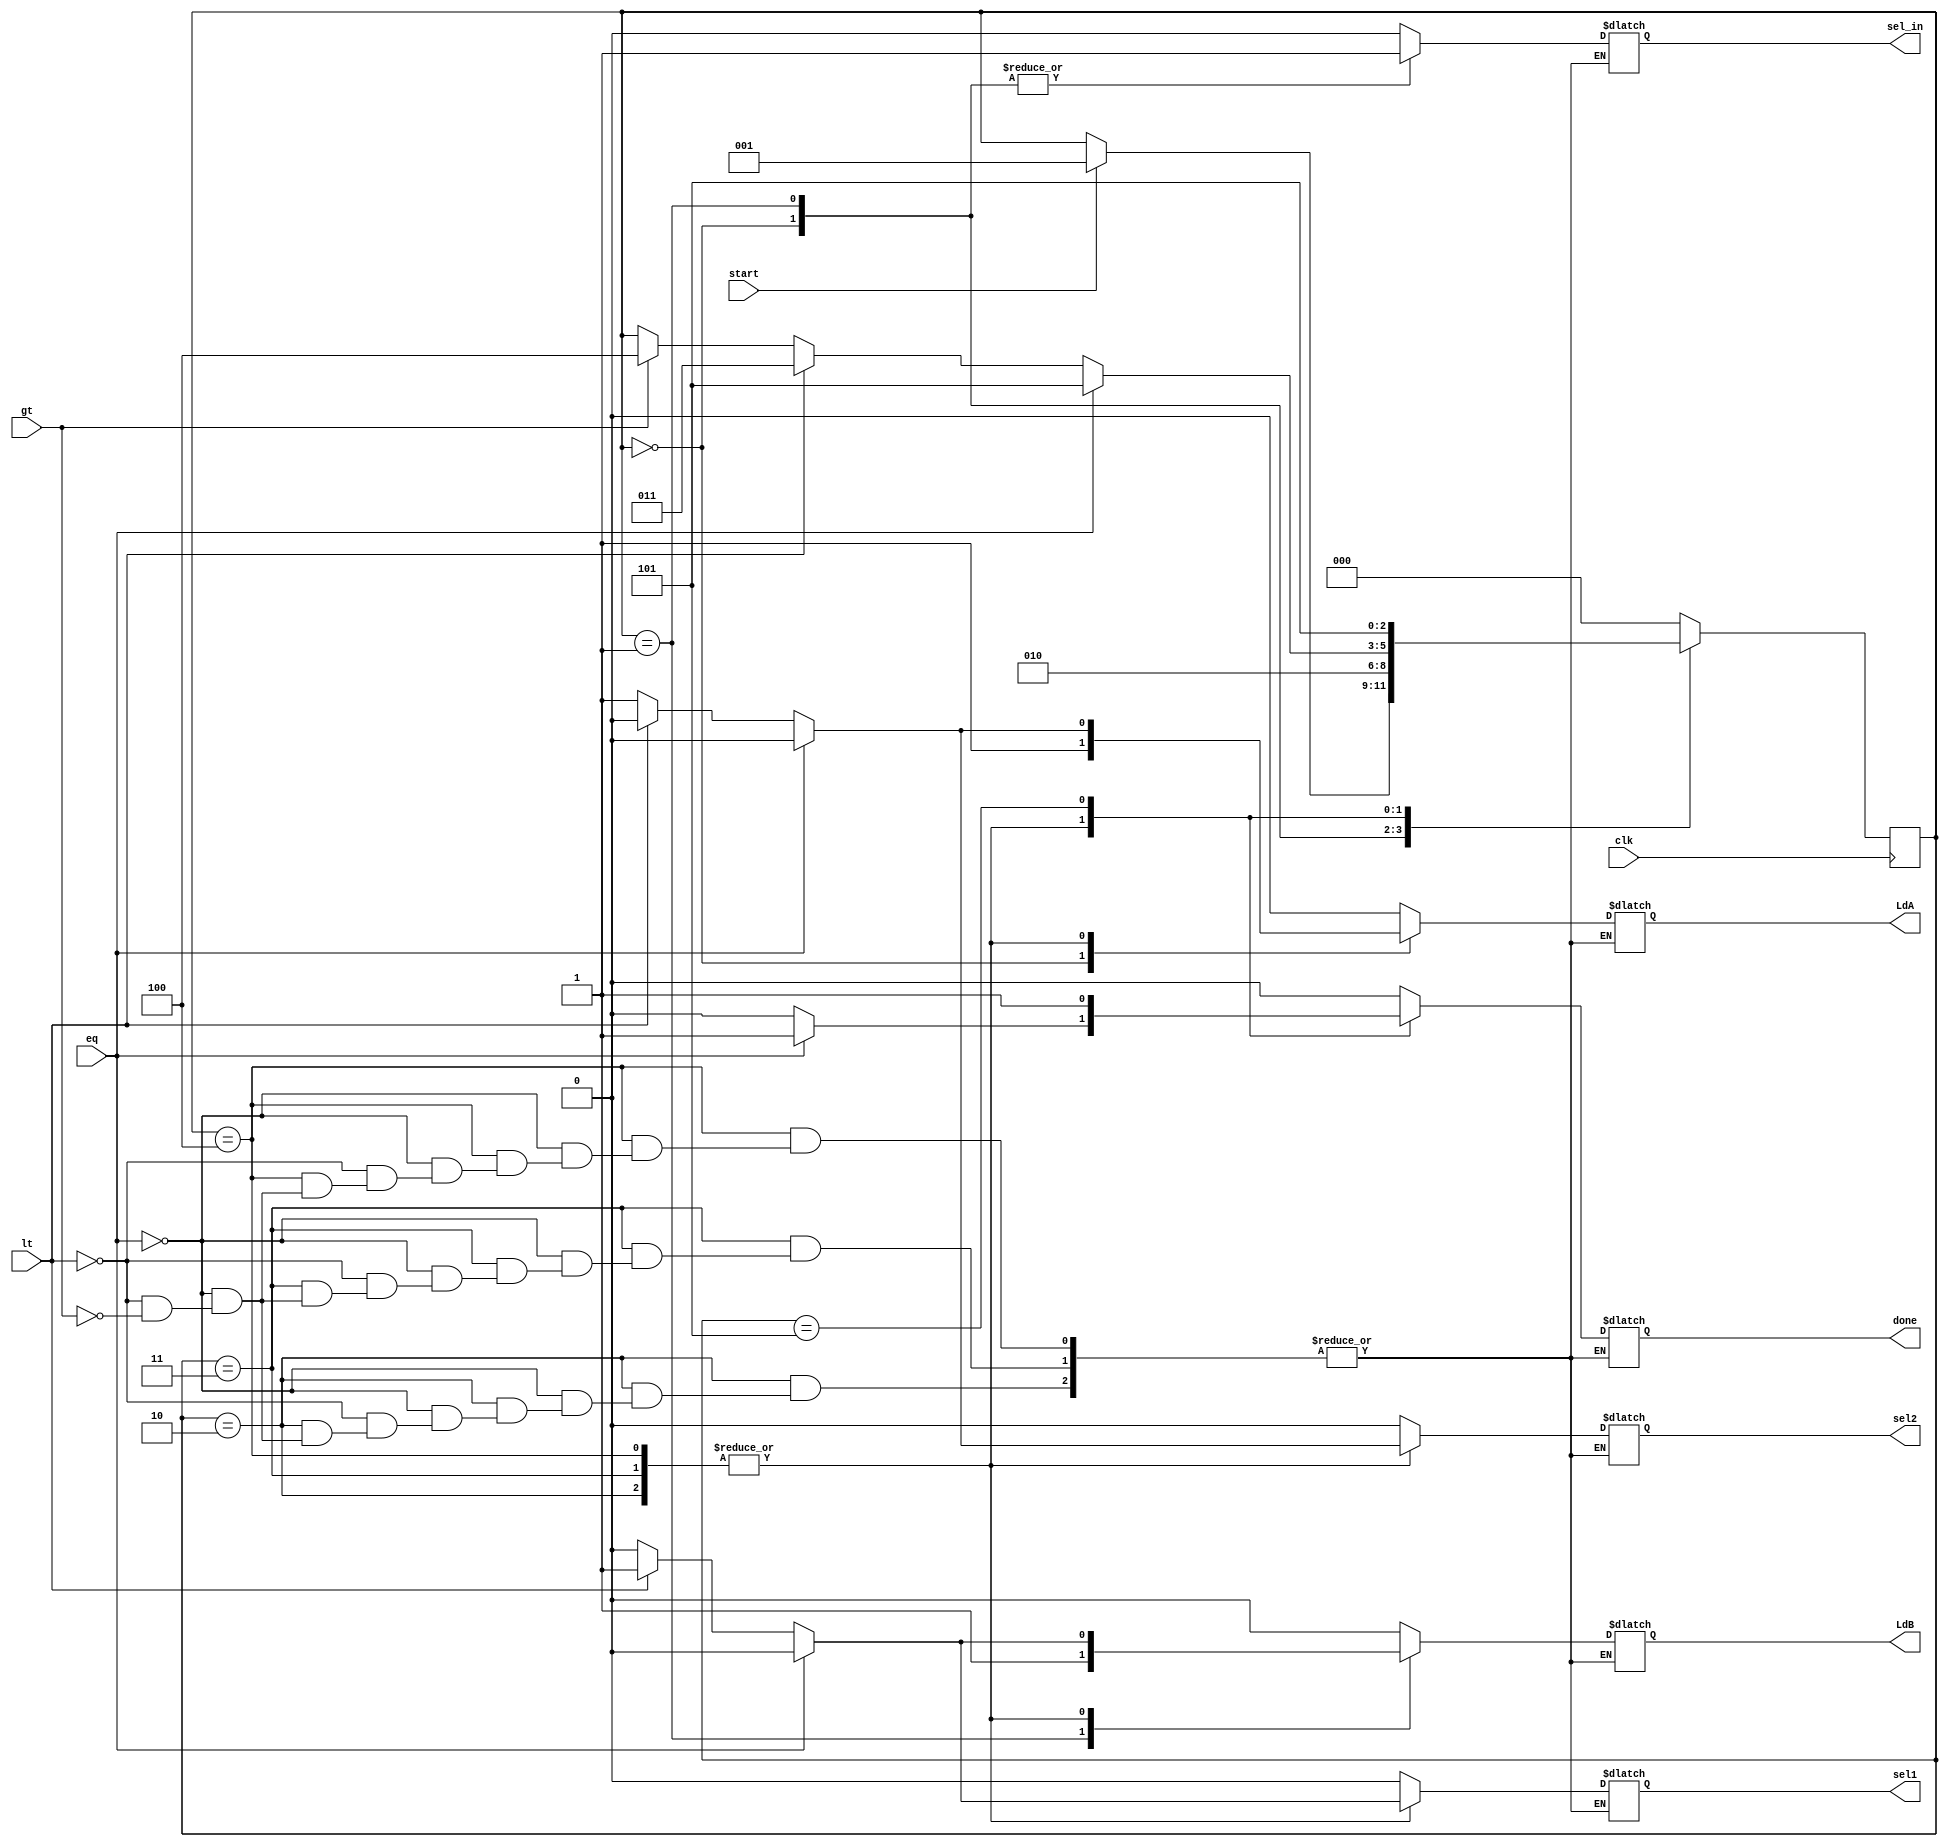
`timescale 1ns/1ps 
module GCD_controller (
    output reg LdA, LdB, sel1, sel2, sel_in, done,
    input wire lt, gt, eq, start, clk 
);

reg [2:0] state;
parameter   s0= 3'b000,
            s1= 3'b001,
            s2= 3'b010,
            s3= 3'b011,
            s4= 3'b100,
            s5= 3'b101;

always @(posedge clk) begin
    case (state)
        s0: if(start) state<= s1;
        s1: state<= s2;
        s2: begin
            if (eq) state<= s5;
            else if(lt) state<= s3;
            else if(gt) state<= s4; 
        end 
        s3: begin
            if(eq) state<= s5;
            else if(lt) state<= s3;
            else if(gt) state<= s4;
        end
        s4: begin
            if(eq) state<= s5;
            else if(lt) state<= s3;
            else if(gt) state<= s4;
        end
        s5: state<= s5;
        default: state<= s0;
    endcase
end

always @(state) begin
    case (state)
        s0: {LdA, LdB, sel1, sel2, sel_in, done}=6'b100010;
        s1: {LdA, LdB, sel1, sel2, sel_in, done}=6'b010010;
        s2: begin
            if(eq) {LdA, LdB, sel1, sel2, sel_in, done}=6'b000001;
            else if(lt) {LdA, LdB, sel1, sel2, sel_in, done}=6'b011000;
            else if(gt) {LdA, LdB, sel1, sel2, sel_in, done}=6'b100100;
        end
        s3: begin
            if(eq) {LdA, LdB, sel1, sel2, sel_in, done}=6'b000001;
            else if(lt) {LdA, LdB, sel1, sel2, sel_in, done}=6'b011000;
            else if(gt) {LdA, LdB, sel1, sel2, sel_in, done}=6'b100100;
        end
        s4: begin
            if(eq) {LdA, LdB, sel1, sel2, sel_in, done}=6'b000001;
            else if(lt) {LdA, LdB, sel1, sel2, sel_in, done}=6'b011000;
            else if(gt) {LdA, LdB, sel1, sel2, sel_in, done}=6'b100100;
        end
        s5: {LdA, LdB, sel1, sel2, sel_in, done}=6'b000001;

        default: {LdA, LdB, sel1, sel2, sel_in, done}=6'b000000;
    endcase
end

endmodule //GCD_controller